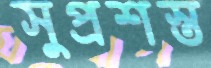
সুপ্রশস্ত